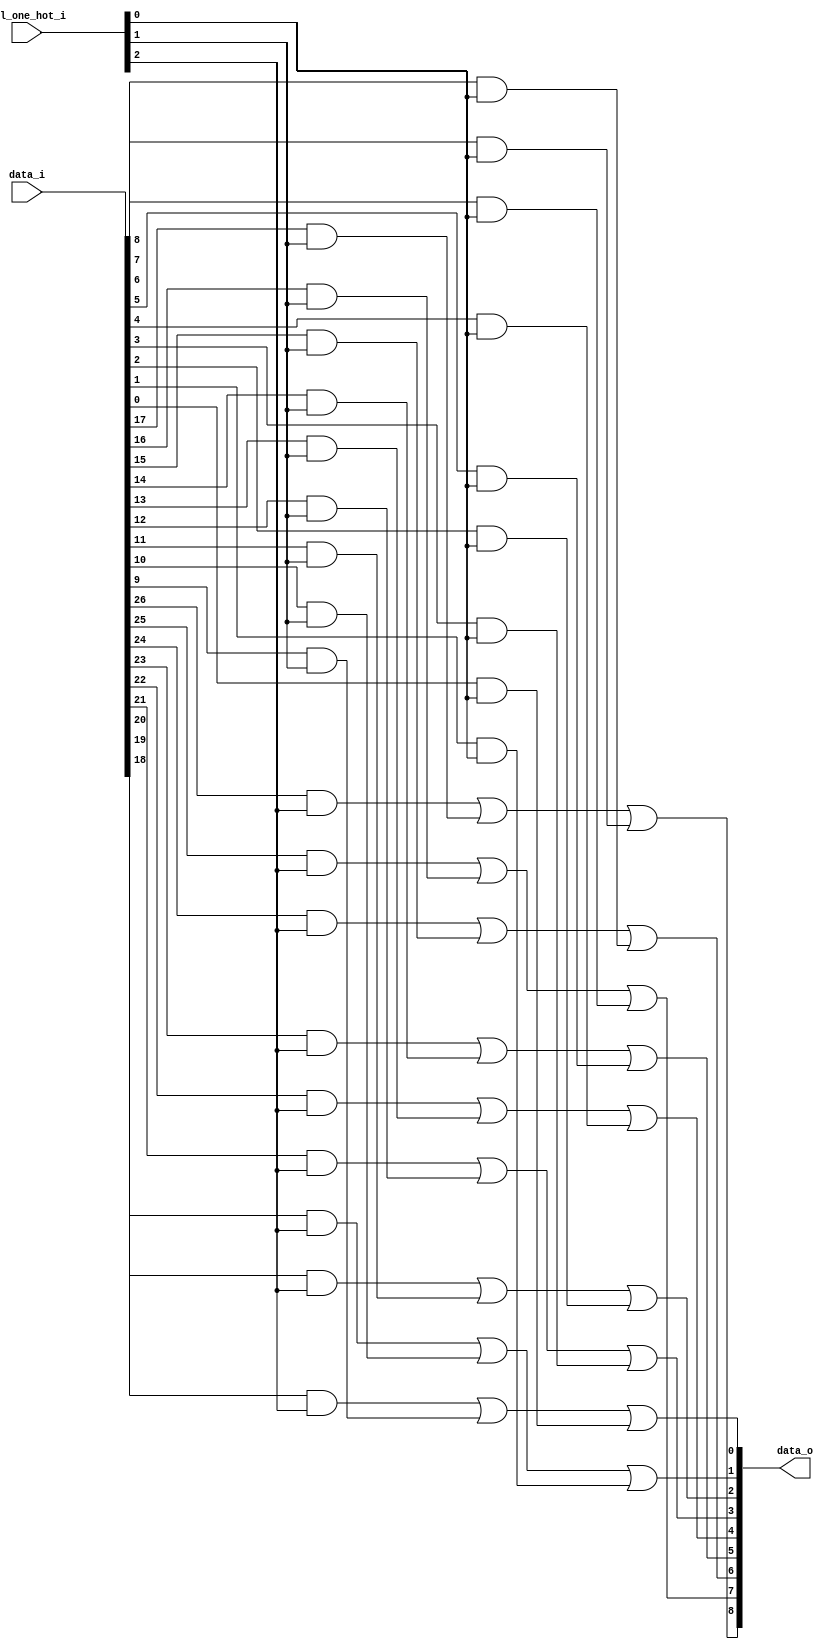
module bsg_mux_one_hot_width_p9_els_p3
(
  data_i,
  sel_one_hot_i,
  data_o
);

  input [26:0] data_i;
  input [2:0] sel_one_hot_i;
  output [8:0] data_o;
  wire [8:0] data_o;
  wire N0,N1,N2,N3,N4,N5,N6,N7,N8;
  wire [26:0] data_masked;
  assign data_masked[8] = data_i[8] & sel_one_hot_i[0];
  assign data_masked[7] = data_i[7] & sel_one_hot_i[0];
  assign data_masked[6] = data_i[6] & sel_one_hot_i[0];
  assign data_masked[5] = data_i[5] & sel_one_hot_i[0];
  assign data_masked[4] = data_i[4] & sel_one_hot_i[0];
  assign data_masked[3] = data_i[3] & sel_one_hot_i[0];
  assign data_masked[2] = data_i[2] & sel_one_hot_i[0];
  assign data_masked[1] = data_i[1] & sel_one_hot_i[0];
  assign data_masked[0] = data_i[0] & sel_one_hot_i[0];
  assign data_masked[17] = data_i[17] & sel_one_hot_i[1];
  assign data_masked[16] = data_i[16] & sel_one_hot_i[1];
  assign data_masked[15] = data_i[15] & sel_one_hot_i[1];
  assign data_masked[14] = data_i[14] & sel_one_hot_i[1];
  assign data_masked[13] = data_i[13] & sel_one_hot_i[1];
  assign data_masked[12] = data_i[12] & sel_one_hot_i[1];
  assign data_masked[11] = data_i[11] & sel_one_hot_i[1];
  assign data_masked[10] = data_i[10] & sel_one_hot_i[1];
  assign data_masked[9] = data_i[9] & sel_one_hot_i[1];
  assign data_masked[26] = data_i[26] & sel_one_hot_i[2];
  assign data_masked[25] = data_i[25] & sel_one_hot_i[2];
  assign data_masked[24] = data_i[24] & sel_one_hot_i[2];
  assign data_masked[23] = data_i[23] & sel_one_hot_i[2];
  assign data_masked[22] = data_i[22] & sel_one_hot_i[2];
  assign data_masked[21] = data_i[21] & sel_one_hot_i[2];
  assign data_masked[20] = data_i[20] & sel_one_hot_i[2];
  assign data_masked[19] = data_i[19] & sel_one_hot_i[2];
  assign data_masked[18] = data_i[18] & sel_one_hot_i[2];
  assign data_o[0] = N0 | data_masked[0];
  assign N0 = data_masked[18] | data_masked[9];
  assign data_o[1] = N1 | data_masked[1];
  assign N1 = data_masked[19] | data_masked[10];
  assign data_o[2] = N2 | data_masked[2];
  assign N2 = data_masked[20] | data_masked[11];
  assign data_o[3] = N3 | data_masked[3];
  assign N3 = data_masked[21] | data_masked[12];
  assign data_o[4] = N4 | data_masked[4];
  assign N4 = data_masked[22] | data_masked[13];
  assign data_o[5] = N5 | data_masked[5];
  assign N5 = data_masked[23] | data_masked[14];
  assign data_o[6] = N6 | data_masked[6];
  assign N6 = data_masked[24] | data_masked[15];
  assign data_o[7] = N7 | data_masked[7];
  assign N7 = data_masked[25] | data_masked[16];
  assign data_o[8] = N8 | data_masked[8];
  assign N8 = data_masked[26] | data_masked[17];

endmodule